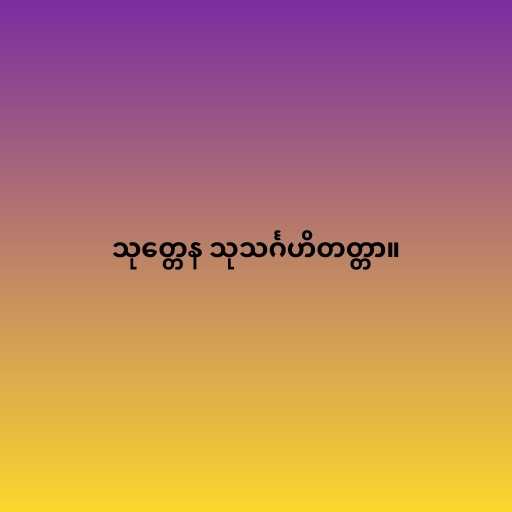
သုတ္တေန သုသင်္ဂဟိတတ္တာ။